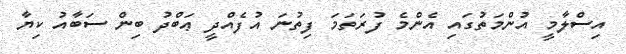
އިސްލާމީ އުންމަތުގައި އެންމެ ފުރަތަމަ ފިތުނަ އުފެއްދީ ޢަބްދު ބިން ސަބާއު ކިޔާ